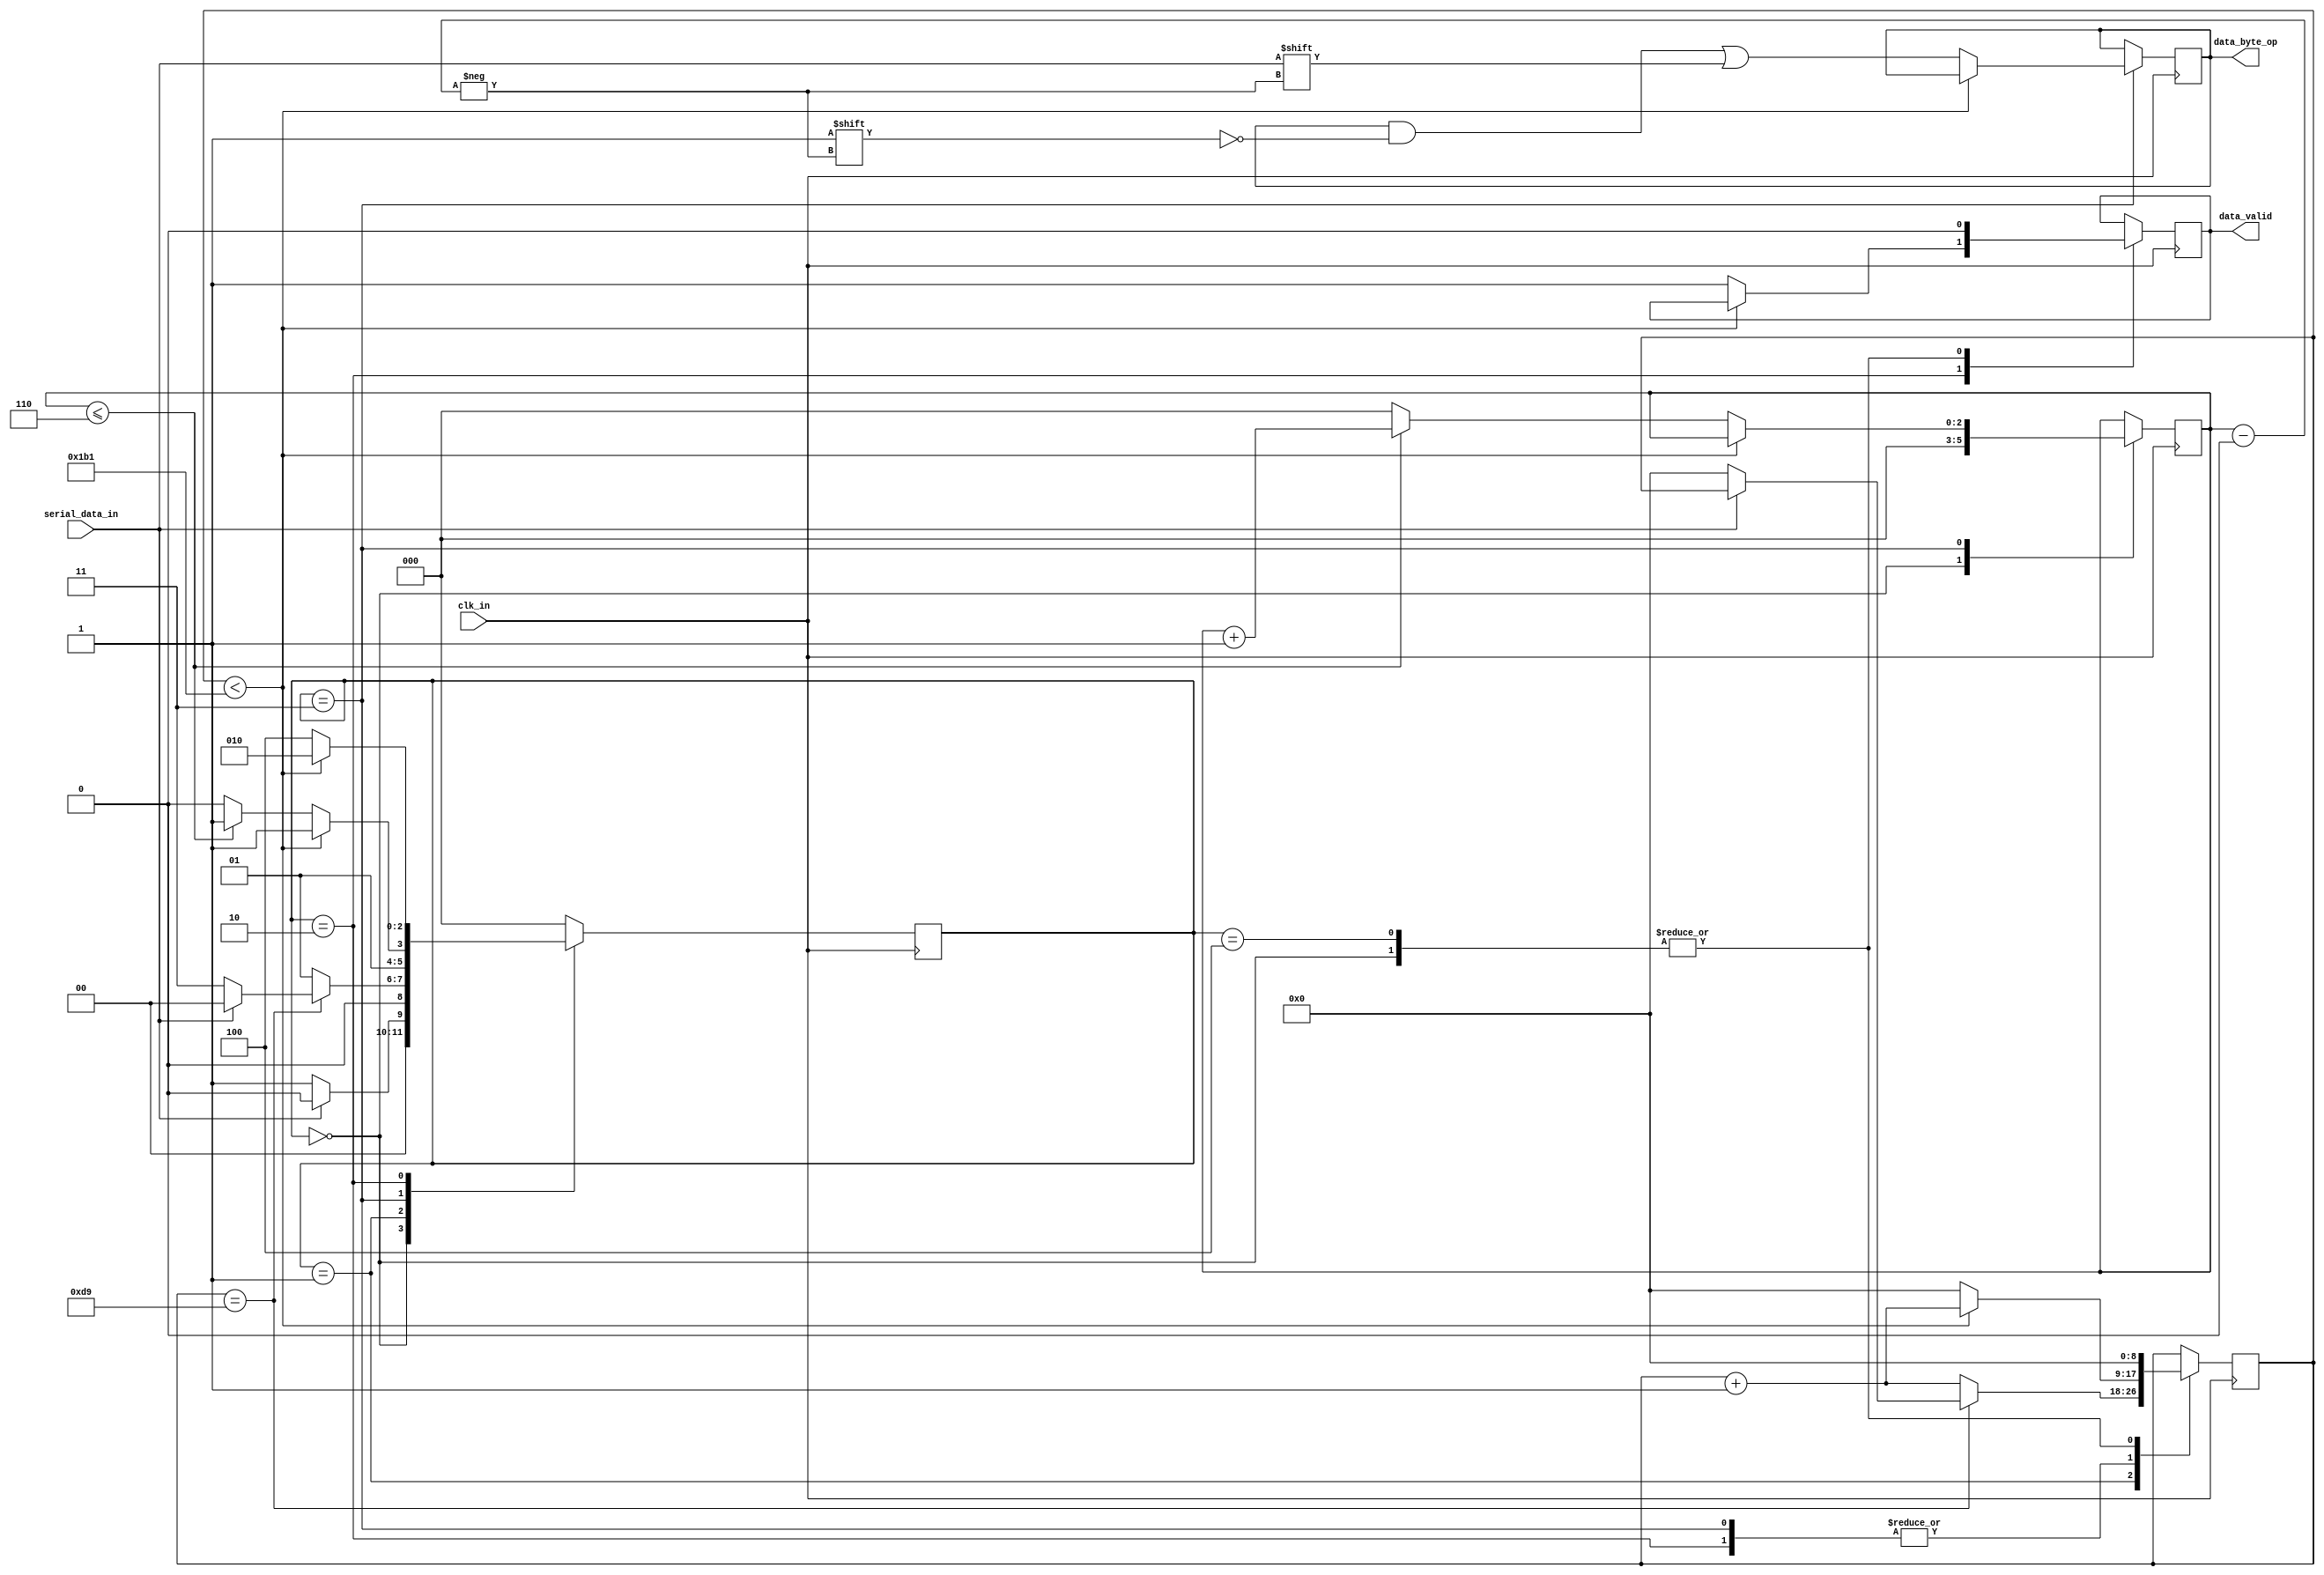
module uart_receiver(clk_in,serial_data_in,data_valid,data_byte_op);
input clk_in, serial_data_in;
output data_valid;			//handshake signal
output [7:0]data_byte_op;

parameter baudRate		= 115200;
parameter clk_per_bit   = 434;			//clk_in/baudRate=50,000,000/115200

parameter idle				= 3'b 000;
parameter startBit		= 3'b 001;
parameter stopBit			= 3'b 010;
parameter dataReceive	= 3'b 011;
parameter clear			= 3'b 100;	

reg [8:0]clk_count		= 0;
reg [2:0]bit_index		= 0;
reg [7:0]output_byte		= 0;
reg [2:0]fsm_state		= 0;
reg valid_data				= 0;

always @(posedge clk_in)
begin
	case(fsm_state)
	
		idle:
		begin
			valid_data	<= 1'b 0;
			clk_count	<= 0;
			bit_index	<= 0;
			
			if(serial_data_in == 0)
				fsm_state <= startBit;
			else
				fsm_state <= idle;
		end
		
		startBit:
		begin
			if(clk_count == (clk_per_bit/2))
			begin
				if(serial_data_in == 0)
				begin
					clk_count <= 0;
					fsm_state <= dataReceive;
				end
				else
					fsm_state <= idle;
			end
			else
			begin
				clk_count <= clk_count + 1;
				fsm_state <= startBit;
			end
		end
		
		dataReceive:
		begin
			if(clk_count < clk_per_bit-1)
			begin
				clk_count <= clk_count + 1;
				fsm_state <= dataReceive;
			end
			else
			begin		
				clk_count					<= 0;
				output_byte[bit_index]	<= serial_data_in;
				
				if(bit_index <= 6)
				begin
					
					bit_index <= bit_index + 1;
					fsm_state <= dataReceive;
				end
				else
				begin
					bit_index <= 0;
					fsm_state <= stopBit;
				end
			end
		end
		
		stopBit:
		begin
			if(clk_count < (clk_per_bit-1))
			begin
				clk_count <= clk_count + 1;
				fsm_state <= stopBit;
			end
			else
			begin
				valid_data <= 1'b 1;
				clk_count  <= 0;
				fsm_state  <= clear;
			end
		end
		
		clear:
		begin
			clk_count	<= 0;
			valid_data	<= 1'b 0;
			fsm_state	<= idle;
			
		end
		
		default:
			fsm_state <= idle;
		
	endcase
end

assign data_valid		= valid_data;
assign data_byte_op	= output_byte;

endmodule